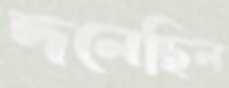
দলেছিল